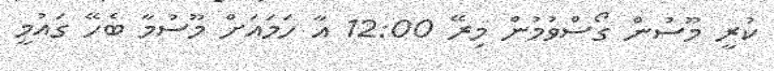
ކުރީ މޫސުން ގޯސްވުމުން މިރޭ 12:00 އާ ހަމައަށް މޫސުމާ ބެހޭ ގައުމީ